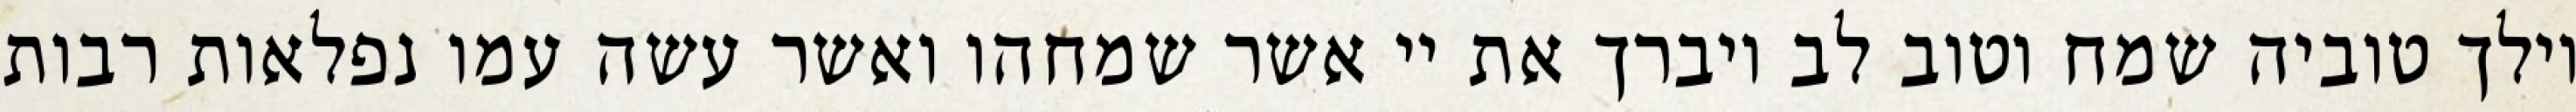
וילך טוביה שמח וטוב לב ויברך את יי אשר שמחהו ואשר עשה עמו נפלאות רבות